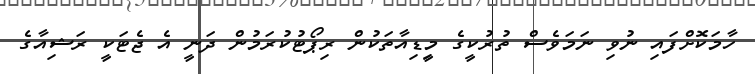
ހާމަކޮށްފައި ނުވި ނަމަވެސް ތުރުކީގެ މީިޑިއާތަކުން ރިޕޯޓުކުރަމުން ދަނީ އެ ޖެޓަކީ ރަޝިއާގެ